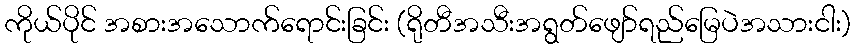
ကိုယ်ပိုင် အစားအသောက်ရောင်းခြင်း (ရိုတီအသီးအရွတ်ဖျော်ရည်မြေပဲအသားငါး)